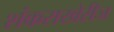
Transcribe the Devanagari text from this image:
शंकराखेरीज